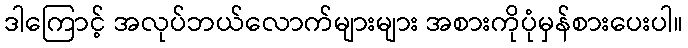
ဒါကြောင့် အလုပ်ဘယ်လောက်များများ အစားကိုပုံမှန်စားပေးပါ။